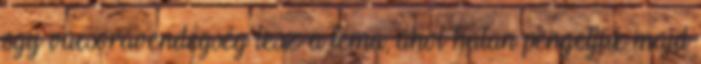
egy vacsoravendégség lesz a téma, ahol hatan pengetjük majd